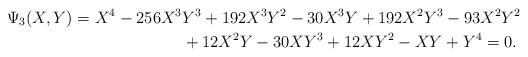
LaTeX: \begin{align*} \Psi_{3}(X,Y) = X^4-256 X^3& Y^3+192 X^3 Y^2-30 X^3 Y+192 X^2 Y^3-93 X^2 Y^2 \\ &+12 X^2 Y-30 X Y^3+12 X Y^2-X Y+Y^4 = 0. \end{align*}